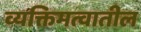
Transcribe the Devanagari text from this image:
व्यक्तिमत्वातील